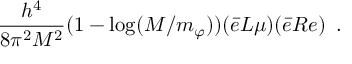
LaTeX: { \frac { h ^ { 4 } } { 8 \pi ^ { 2 } M ^ { 2 } } } ( 1 - \mathrm { l o g } ( M / m _ { \varphi } ) ) ( \bar { e } L \mu ) ( \bar { e } R e ) \, \, \, .